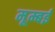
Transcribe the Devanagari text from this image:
मूम्बई